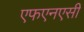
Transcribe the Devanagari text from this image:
एफएनएसी